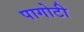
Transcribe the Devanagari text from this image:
पागोटी